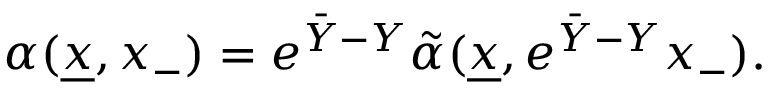
\alpha ( { \underline { { x } } } , x _ { - } ) = e ^ { { \bar { Y } } - Y } { \tilde { \alpha } } ( { \underline { { x } } } , e ^ { { \bar { Y } } - Y } x _ { - } ) .